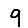
Digit: 9